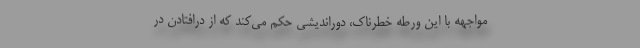
مواجهه با این ورطه خطرناک، دوراندیشی حکم می‌کند که از درافتادن در